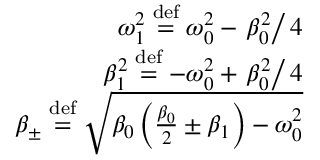
\begin{array} { r } { \omega _ { 1 } ^ { 2 } \stackrel { \mathrm { d e f } } { = } \omega _ { 0 } ^ { 2 } - \left. \beta _ { 0 } ^ { 2 } \right/ 4 } \\ { \beta _ { 1 } ^ { 2 } \stackrel { \mathrm { d e f } } { = } - \omega _ { 0 } ^ { 2 } + \left. \beta _ { 0 } ^ { 2 } \right/ 4 } \\ { \beta _ { \pm } \stackrel { \mathrm { d e f } } { = } \sqrt { \beta _ { 0 } \left( \frac { \beta _ { 0 } } { 2 } \pm \beta _ { 1 } \right) - \omega _ { 0 } ^ { 2 } } } \end{array}